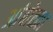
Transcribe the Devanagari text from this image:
आंबोळ्या